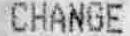
CHANGE